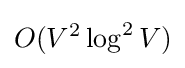
O(V^{2}\log ^{2}V)